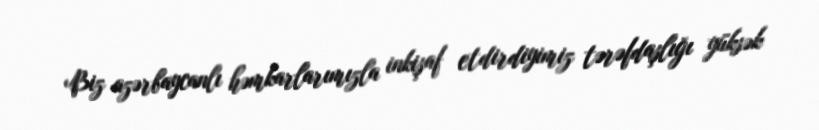
Biz azərbaycanlı həmkarlarımızla inkişaf etdirdiyimiz tərəfdaşlığı yüksək